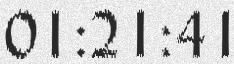
01:21:41